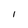
Character: 1